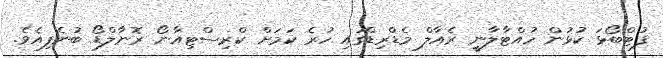
ފުޓްބޯޅަ ކުޅުން ހުއްޓާލާނީ ރެއާލް މެޑްރިޑްގައި ހުރެ ކަމަށް ކްރިސްޓިއާނޯ ރޮނާލްޑޯ ބުނެފިއެވެ.